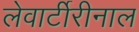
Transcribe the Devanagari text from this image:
लेवार्टीरीनाल